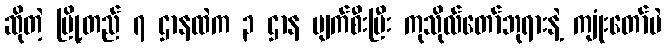
ဆိုတဲ့ မြို့တည် ၇ ဌာနထဲက ၃ ဌာန ပျက်စီးပြီး ကုသိုလ်တော်ဘုရားနဲ့ ကျုံးတော်ပဲ